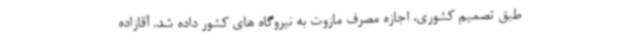
طبق تصمیم کشوری، اجازه مصرف مازوت به نیروگاه های کشور داده شد. آقازاده